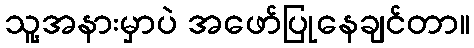
သူ့အနားမှာပဲ အဖော်ပြုနေချင်တာ။